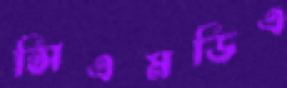
সিএমডিএ